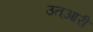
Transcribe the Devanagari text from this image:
उत्आरी